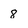
Character: 8